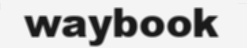
waybook